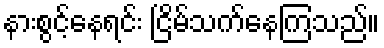
နားစွင့်နေရင်း ငြိမ်သက်နေကြသည်။